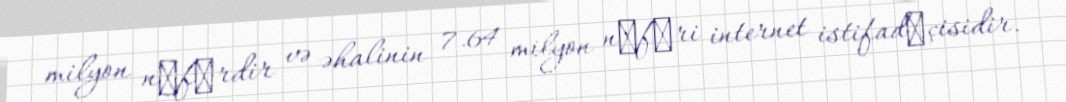
milyon nәfәrdir və əhalinin 7.64 milyon nәfәri internet istifadәçisidir.